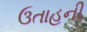
ઉતાહની